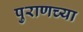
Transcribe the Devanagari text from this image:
पुराणच्या